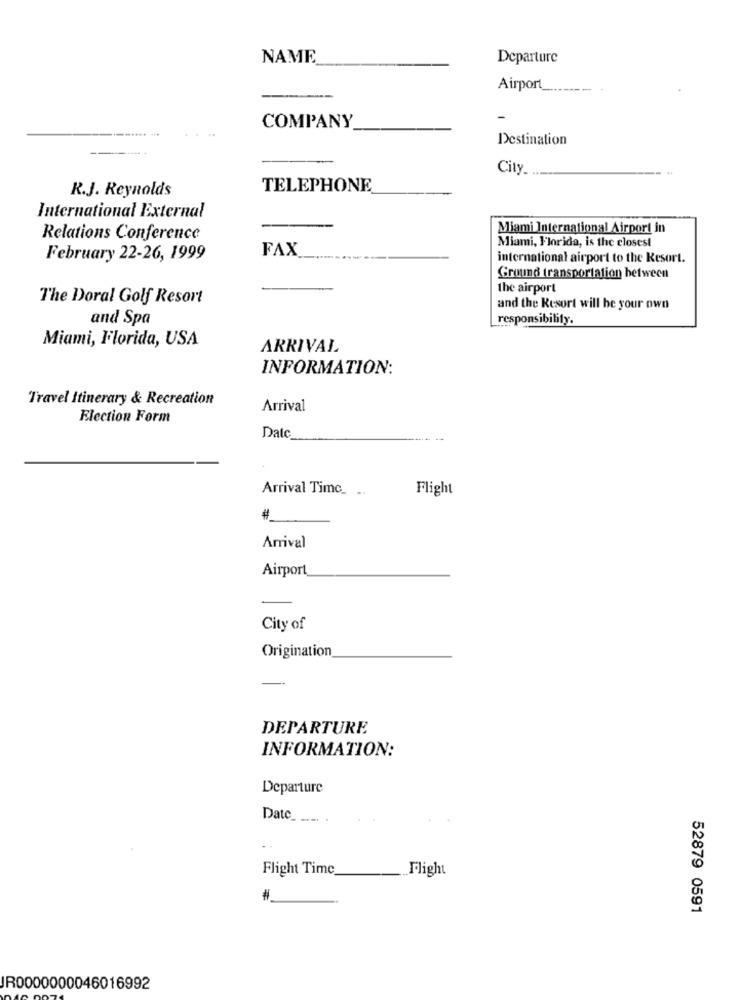
NAME
Departure
Airport
COMPANY
Destination
---
City
R.J. Reynolds
TELEPHONE
International External
Miami International Airport in
Relations Conference
Miami, Florida, is the closest
FAX
February 22-26, 1999
international airport to the Resort.
Ground transportation between
the airport
The Doral Golf Resort
and the Resort will be your own
and Spa
responsibility.
Miami, Florida, USA
ARRIVAL
INFORMATION:
Travel Itinerary & Recreation
Arrival
Election Form
Date
Arrival Time_ ..
Flight
#
Arrival
Airport
City of
Origination
DEPARTURE
INFORMATION:
Departure
Date_ _... .
Flight Time
.Flight
#
52879 0591
JR0000000046016992